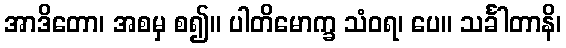
အာဒိတော၊ အစမှ စ၍။ ပါတိမောက္ခ သံဝရ၊ ပေ။ သင်္ခါတာနိ၊